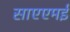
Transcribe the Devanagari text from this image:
साएएमई